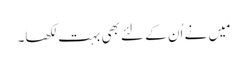
مَیں نے اُن کے لئے بھی بہت لکھا۔